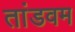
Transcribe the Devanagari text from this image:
तांडवम